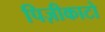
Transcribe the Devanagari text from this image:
पिज़ीकाटो